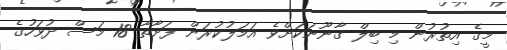
މީގެ އިތުރުން މި ބިލް ގާނޫނަކަށްވެ އަމަލުކުރަން ފަށާތާ 18 މަސް ދުވަހުގެ